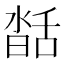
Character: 𦧥